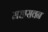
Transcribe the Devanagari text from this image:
मद्यासवन